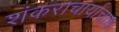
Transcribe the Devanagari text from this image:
शंकराचार्याचाच